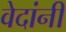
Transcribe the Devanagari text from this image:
वेदांनीं